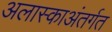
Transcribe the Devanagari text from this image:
अलास्काअंतर्गत